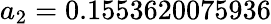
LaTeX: a_{2}=0.1553620075936